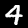
Label: 4